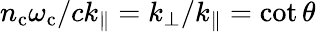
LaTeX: {n_{\mathrm{c}}\omega_{\mathrm{c}}}/{ck_{\parallel}}=k_{\perp}/k_{\parallel}=\cot\theta